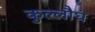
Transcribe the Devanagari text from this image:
कुल्लौघ